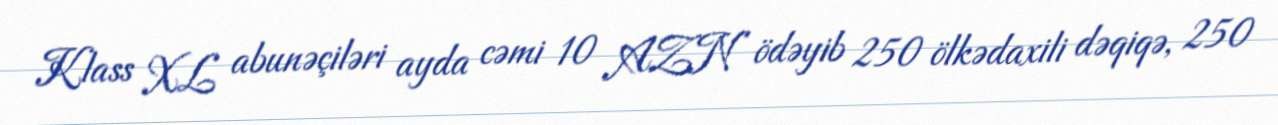
Klass XL abunəçiləri ayda cəmi 10 AZN ödəyib 250 ölkədaxili dəqiqə, 250